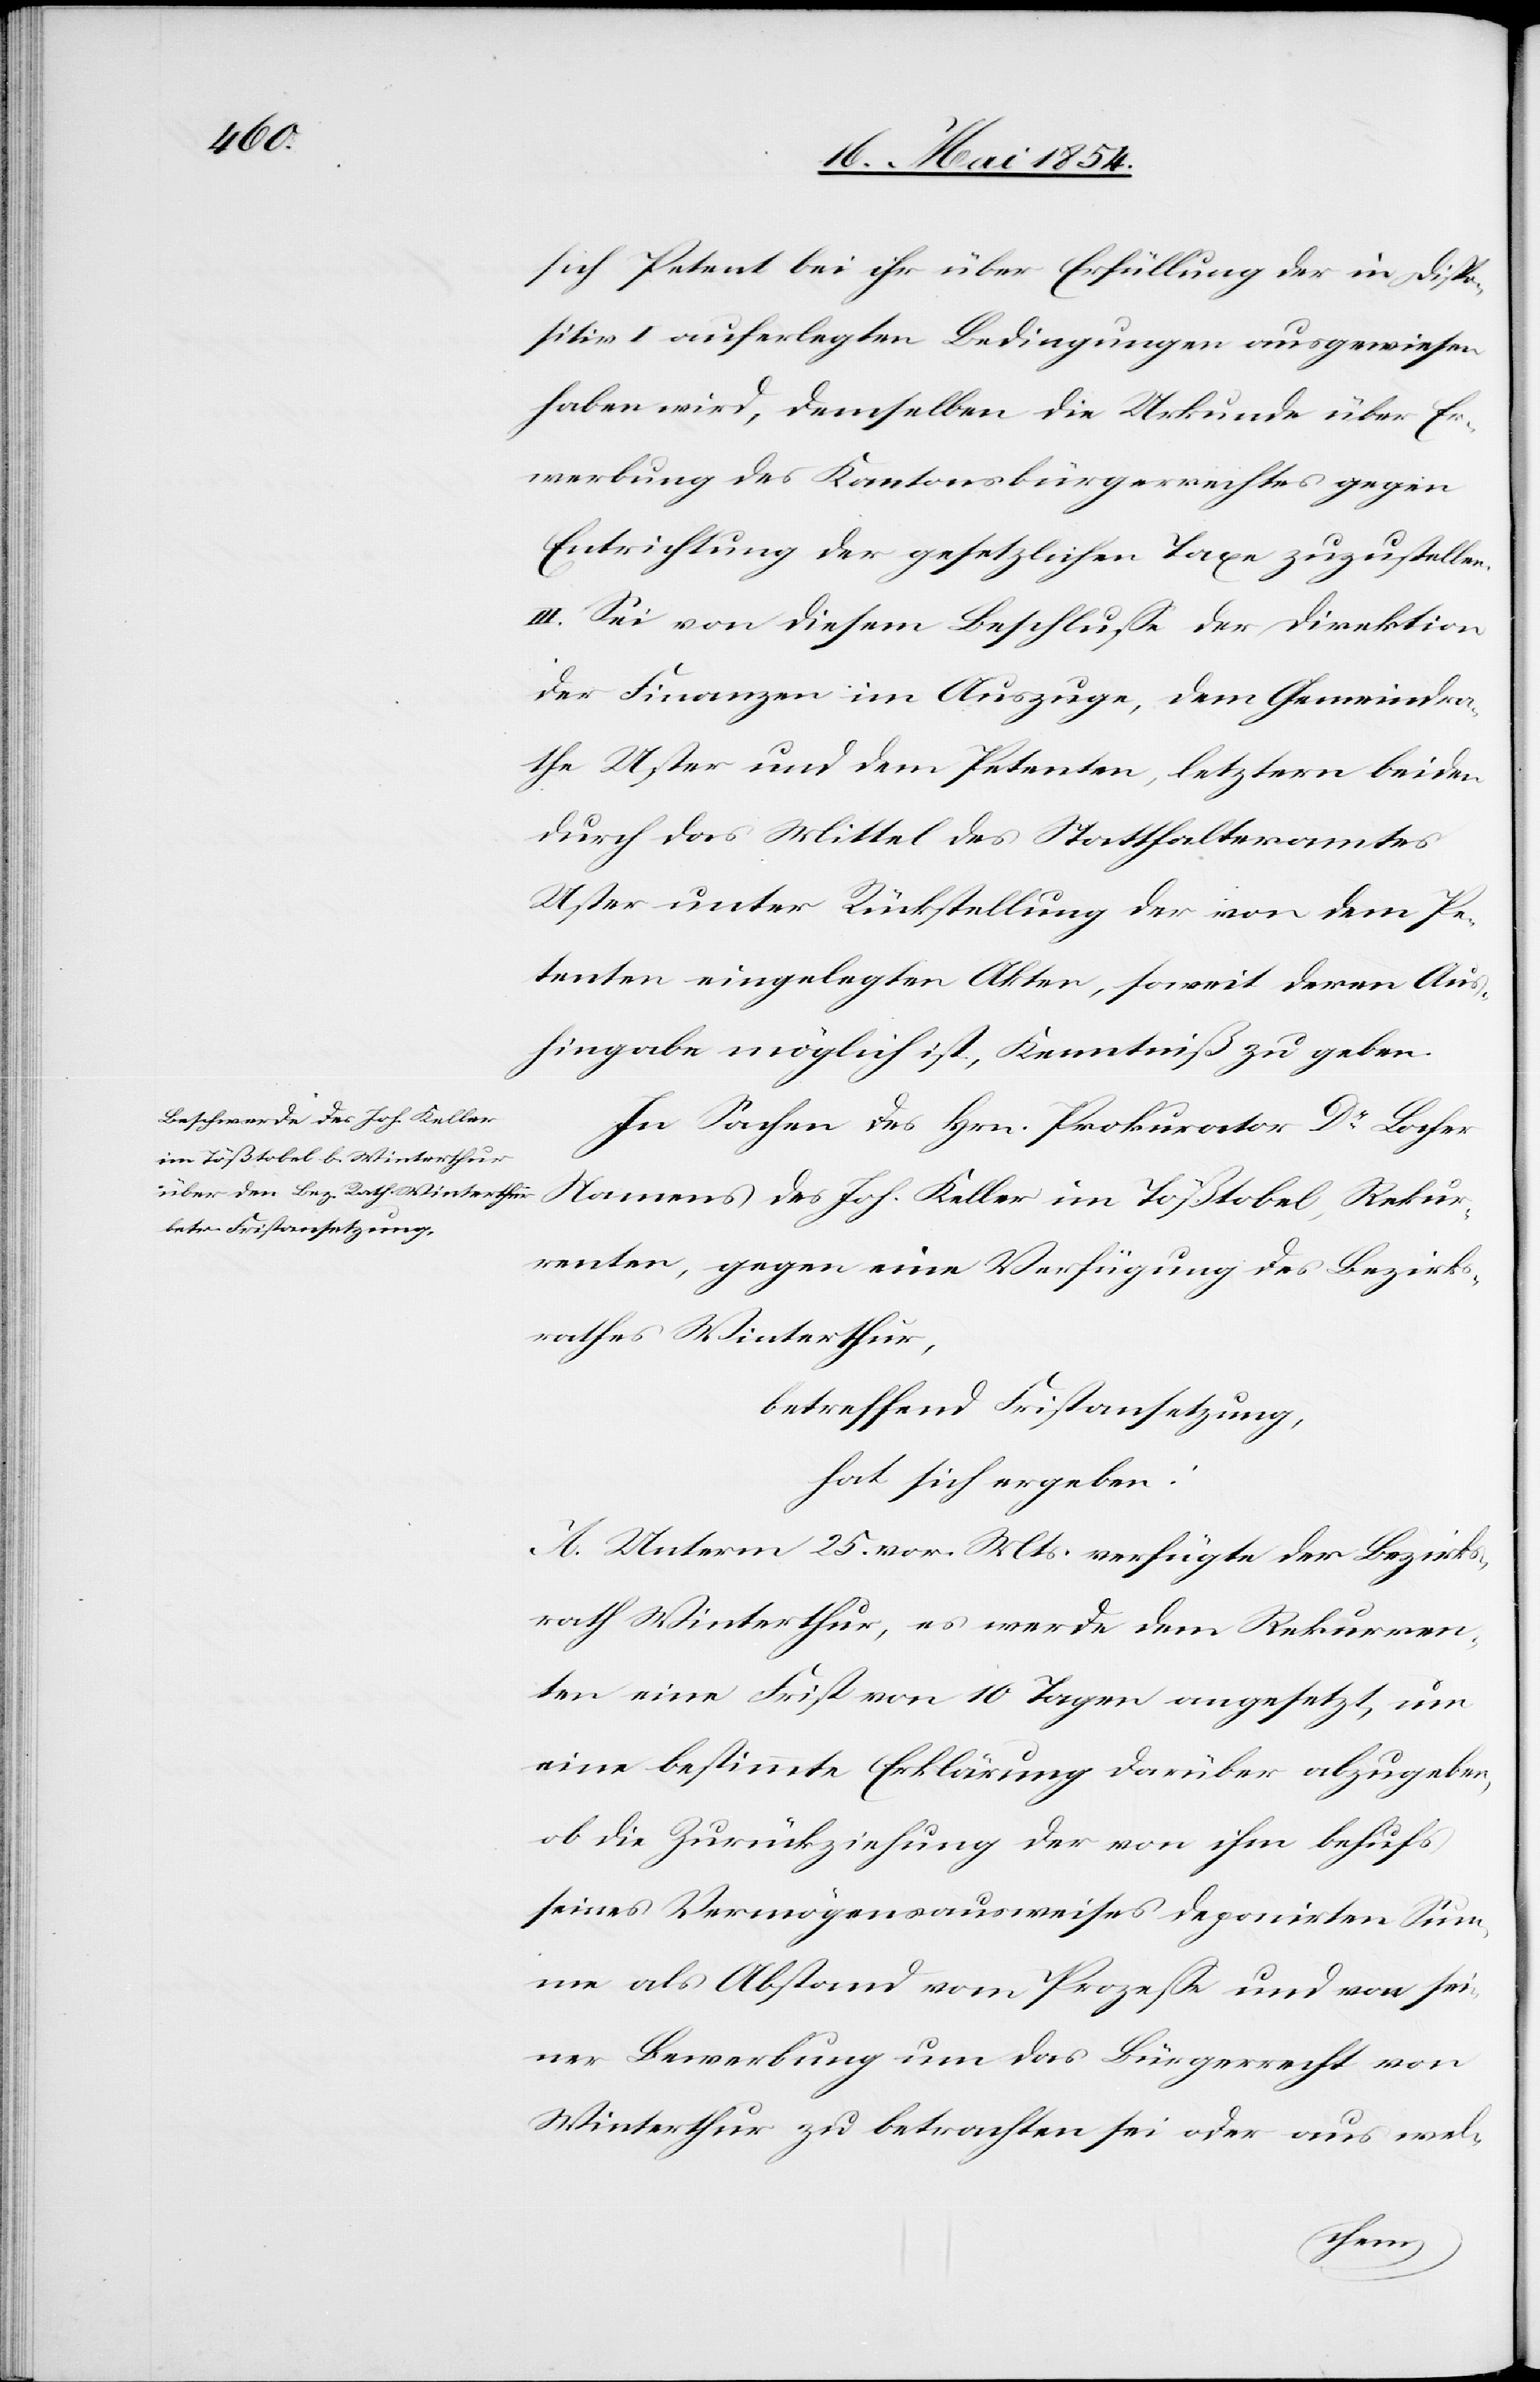
sich Petent bei ihr über Erfüllung der in Dispo¬
sitiv I auferlegten Bedingungen ausgewiesen
haben wird, demselben die Urkunde über Er¬
werbung des Kantonsbürgerechtes gegen
Entrichtung der gesetzlichen Taxen zuzustellen.
III. Sei von diesem Beschluße der Direktion
der Finanzen im Auszuge, dem Gemeindra¬
the Uster und dem Petenten, letztern beiden
durch das Mittel des Statthalteramtes
Uster unter Rückstellung der von dem Pe¬
tenten eingelegten Akten, soweit deren Aus¬
hingabe möglich ist, Kenntniß zu geben.
In Sachen des Hrn. Prokurator Dr Locher
renten, gegen eine Verfügung des Bezirks¬
rathes Winterthur,
betreffend Fristansetzung,
hat sich ergeben:
A. Unterm 25. vor. Mts. verfügte der Bezirks¬
rath Winterthur, es werde dem Rekurren¬
ten eine Frist von 10 Tagen angesetzt, um
eine bestimmte Erklärung darüber abzugeben,
ob die Zurückziehung der von ihm behufs
seines Vermögensausweises deponirten Sum¬
me als Abstand vom Prozeße und von sei¬
ner Bewerbung um das Bürgerrecht von
Winterthur zu betrachten sei oder aus wel-
Rekur¬